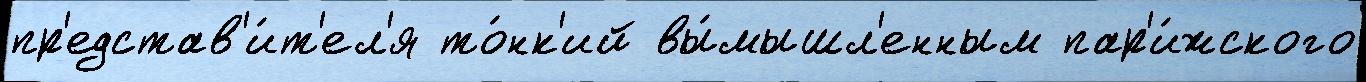
пр'едстав'и́т'ел'я то́нк'ий вы́мышл'енным пар'и́жского